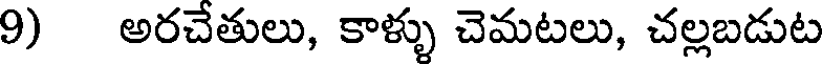
9) అరచేతులు, కాళ్ళు చెమటలు, చల్లబడుట